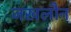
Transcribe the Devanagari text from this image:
जखलौन